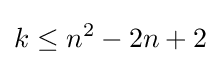
k\leq n^{2}-2n+2